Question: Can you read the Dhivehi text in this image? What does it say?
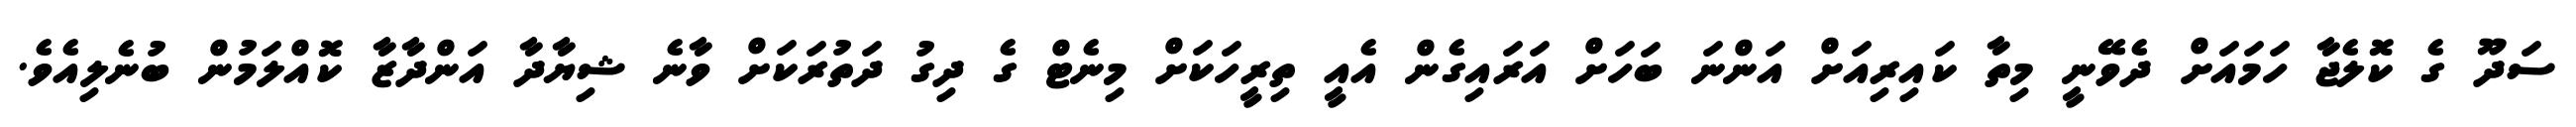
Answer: ސަދޫ ގެ ކޮލެޖާ ހަމައަށް ދެވޭނީ މިތާ ކައިރިއަށް އަންނަ ބަހަށް އަރައިގެން އެއީ ތިރީހަކަށް މިނެޓް ގެ ދިގު ދަތުރަކަށް ވާނެ ޝިޔާދާ އަންދާޒާ ކޮއްލަމުން ބުނެލިއެވެ.